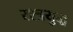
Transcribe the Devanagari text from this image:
रश्त्रयुद्ध